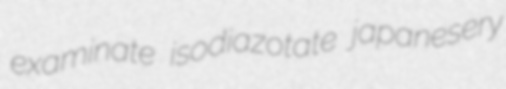
examinate isodiazotate japanesery